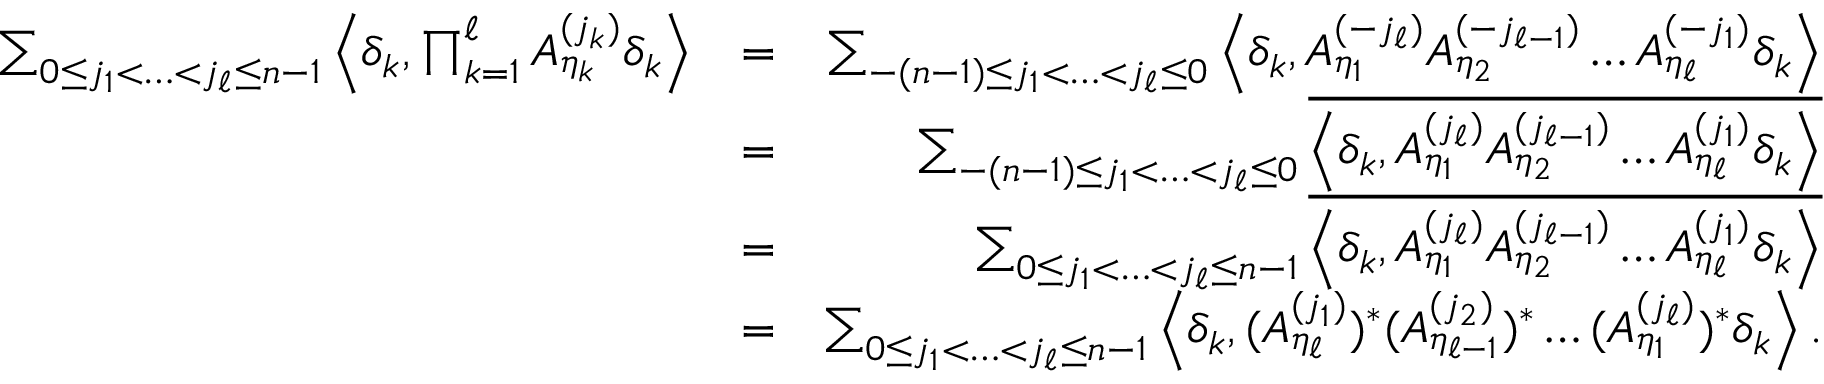
\begin{array} { r l r } { \sum _ { 0 \leq j _ { 1 } < \ldots < j _ { \ell } \leq n - 1 } \left\langle \delta _ { k } , \prod _ { k = 1 } ^ { \ell } A _ { \eta _ { k } } ^ { ( j _ { k } ) } \delta _ { k } \right\rangle } & { = } & { \sum _ { - ( n - 1 ) \leq j _ { 1 } < \ldots < j _ { \ell } \leq 0 } \left\langle \delta _ { k } , A _ { \eta _ { 1 } } ^ { ( - j _ { \ell } ) } A _ { \eta _ { 2 } } ^ { ( - j _ { \ell - 1 } ) } \ldots A _ { \eta _ { \ell } } ^ { ( - j _ { 1 } ) } \delta _ { k } \right\rangle } \\ & { = } & { \sum _ { - ( n - 1 ) \leq j _ { 1 } < \ldots < j _ { \ell } \leq 0 } \overline { { \left\langle \delta _ { k } , A _ { \eta _ { 1 } } ^ { ( j _ { \ell } ) } A _ { \eta _ { 2 } } ^ { ( j _ { \ell - 1 } ) } \ldots A _ { \eta _ { \ell } } ^ { ( j _ { 1 } ) } \delta _ { k } \right\rangle } } } \\ & { = } & { \sum _ { 0 \leq j _ { 1 } < \ldots < j _ { \ell } \leq n - 1 } \overline { { \left\langle \delta _ { k } , A _ { \eta _ { 1 } } ^ { ( j _ { \ell } ) } A _ { \eta _ { 2 } } ^ { ( j _ { \ell - 1 } ) } \ldots A _ { \eta _ { \ell } } ^ { ( j _ { 1 } ) } \delta _ { k } \right\rangle } } } \\ & { = } & { \sum _ { 0 \leq j _ { 1 } < \ldots < j _ { \ell } \leq n - 1 } \left\langle \delta _ { k } , ( A _ { \eta _ { \ell } } ^ { ( j _ { 1 } ) } ) ^ { * } ( A _ { \eta _ { \ell - 1 } } ^ { ( j _ { 2 } ) } ) ^ { * } \ldots ( A _ { \eta _ { 1 } } ^ { ( j _ { \ell } ) } ) ^ { * } \delta _ { k } \right\rangle . } \end{array}